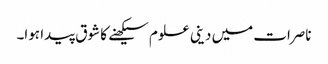
ناصرات میں دینی علوم سیکھنے کا شوق پیدا ہوا۔